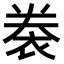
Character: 𧙯